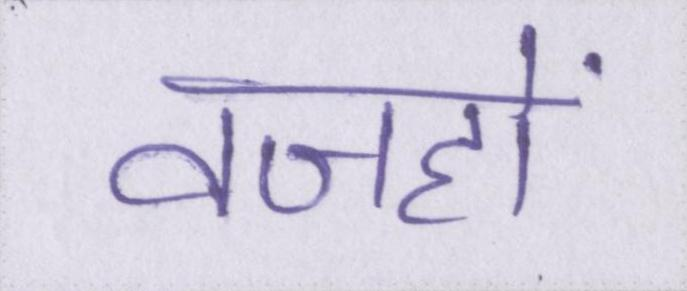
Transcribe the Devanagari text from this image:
वजहों